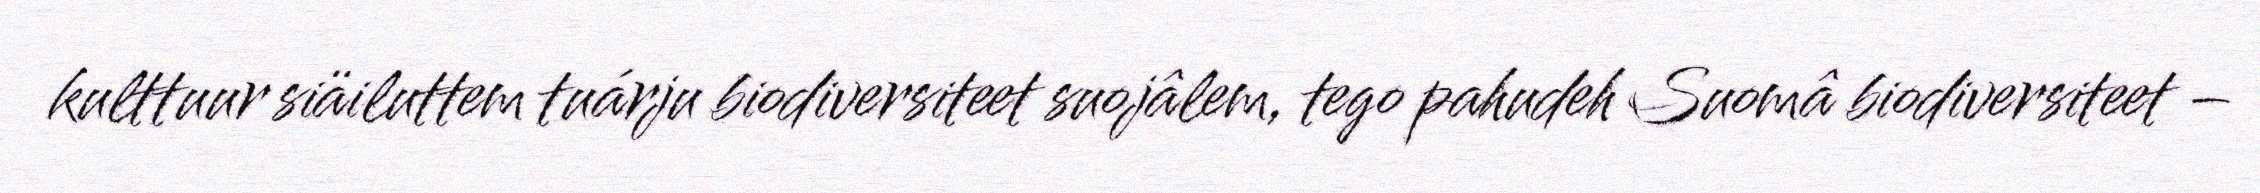
kulttuur siäiluttem tuárju biodiversiteet suojâlem, tego pahudeh Suomâ biodiversiteet –